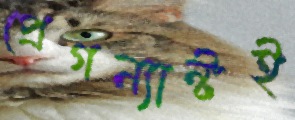
প্রেগন্যান্টই